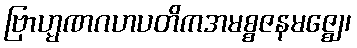
ဗြာဟ္မဏဂဟပတိကအမစ္စဇနမဇ္ဈေ၊